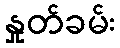
နှုတ်ခမ်း